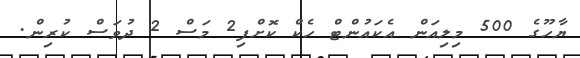
ޔާހޫގެ 500 މިލިއަން އެކައުންޓް ހެކް ކޮށްފި2 މަސް 2 ދުވަސް ކުރިން.